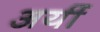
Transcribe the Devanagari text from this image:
अयीं